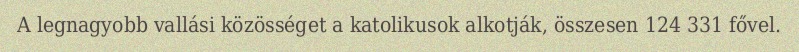
A legnagyobb vallási közösséget a katolikusok alkotják, összesen 124 331 fővel.